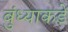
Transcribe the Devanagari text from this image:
बुंध्याकडे